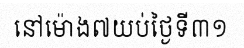
នៅម៉ោង៧យប់ថ្ងៃទី៣១